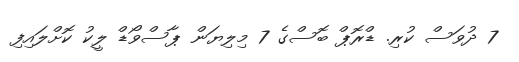
7 ދުވަސް ކުރި. ޑްރޮޕް ބޮސްގެ 7 މިލިޔަން ޕާސްވޯޑް ލީކު ކޮށްލައިފި